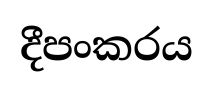
දීපංකරය